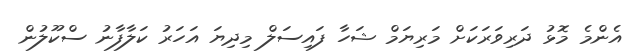
އެންމެ މޮޅު ދަރިވަރަކަށް މަރިޔަމް ޝަހާ ފައިސަލް މިދިޔަ އަހަރު ކަލާފާނު ސްކޫލުން